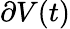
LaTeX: \partial V(t)